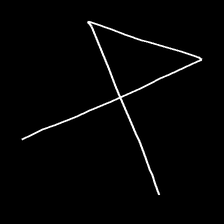
Glyph: collection